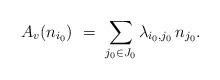
LaTeX: \begin{align*} A_v(n_{i_0}) \ = \ \sum_{j_0\in J_0} \lambda_{i_0,j_0}\, n_{j_0}.\end{align*}